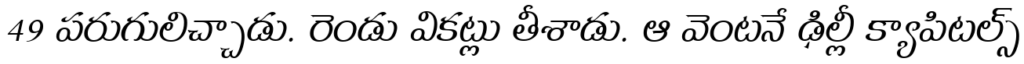
49 పరుగులిచ్చాడు. రెండు వికట్లు తీశాడు. ఆ వెంటనే ఢిల్లీ క్యాపిటల్స్